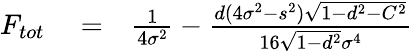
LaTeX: \begin{array}{rlr}{F_{tot}}&{{}=}&{\frac{1}{4\sigma^{2}}-\frac{d(4\sigma^{2}-s^{2})\sqrt{1-d^{2}-C^{2}}}{16\sqrt{1-d^{2}}\sigma^{4}}}\end{array}